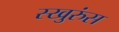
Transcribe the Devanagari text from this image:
स्खुरुंस